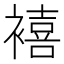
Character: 鿋